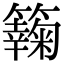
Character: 𥶶